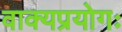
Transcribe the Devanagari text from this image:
वाक्यप्रयोगः